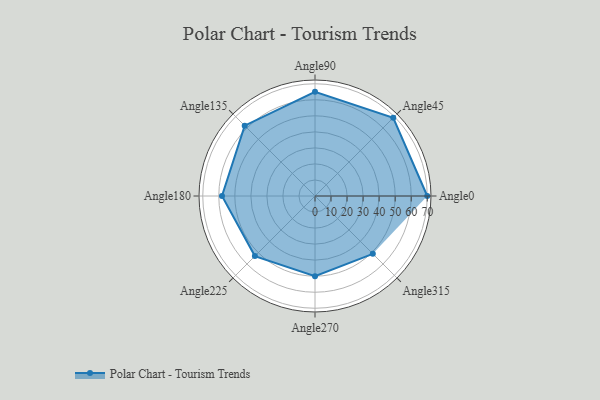
{"axis": {"x": "Angle", "y": "Radius"}, "legend": [""], "data": [{"x": "Angle0", "y": 70.0, "type": ""}, {"x": "Angle45", "y": 69.0, "type": ""}, {"x": "Angle90", "y": 65.0, "type": ""}, {"x": "Angle135", "y": 62.0, "type": ""}, {"x": "Angle180", "y": 58.0, "type": ""}, {"x": "Angle225", "y": 53.0, "type": ""}, {"x": "Angle270", "y": 50, "type": ""}, {"x": "Angle315", "y": 51.0, "type": ""}]}